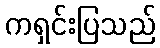
ကရှင်းပြသည်